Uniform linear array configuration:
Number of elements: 48
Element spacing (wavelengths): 0.5
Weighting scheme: uniform
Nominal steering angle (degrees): -60
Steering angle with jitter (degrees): -60.098
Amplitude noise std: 0.05
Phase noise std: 0.05

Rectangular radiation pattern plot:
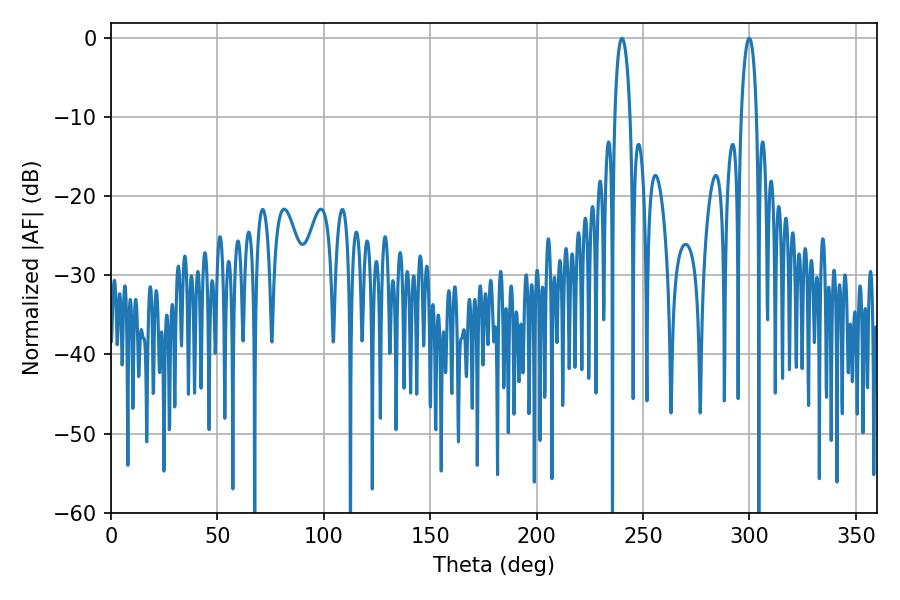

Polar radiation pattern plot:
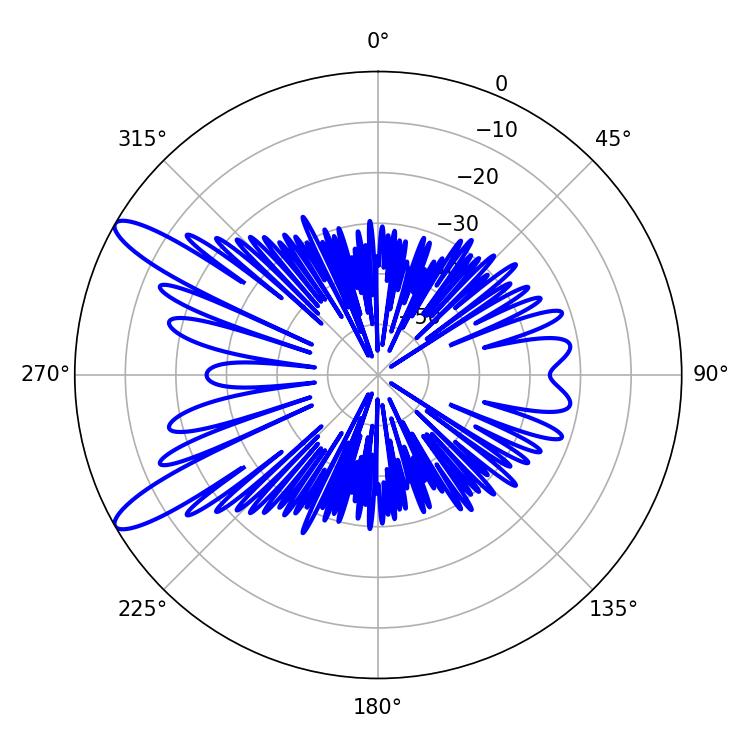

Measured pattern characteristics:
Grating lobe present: FALSE
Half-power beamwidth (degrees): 4.14
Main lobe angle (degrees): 240.12